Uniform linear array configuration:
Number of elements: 4
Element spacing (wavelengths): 1
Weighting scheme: uniform
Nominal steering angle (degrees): -30
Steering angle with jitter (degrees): -31.716
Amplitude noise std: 0.05
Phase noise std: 0.05

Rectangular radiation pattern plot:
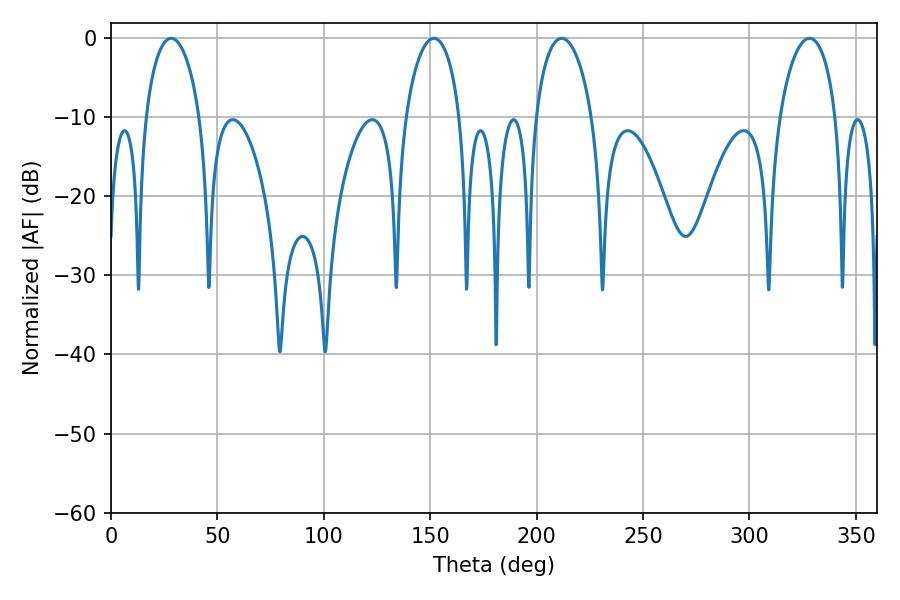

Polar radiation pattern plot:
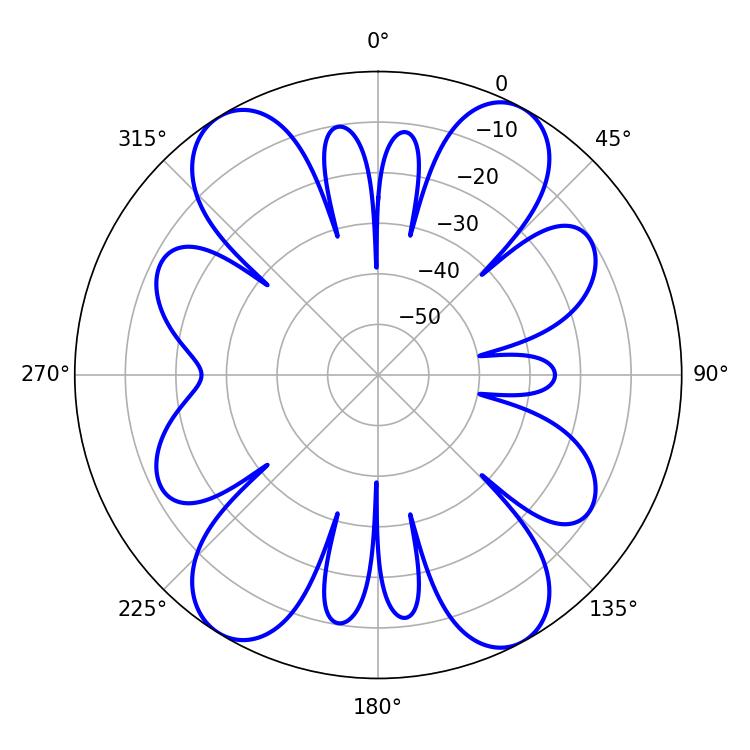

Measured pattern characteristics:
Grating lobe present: TRUE
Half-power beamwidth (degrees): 14.58
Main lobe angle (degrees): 28.26